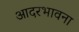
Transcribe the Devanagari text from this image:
आदरभावना